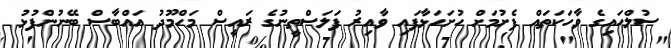
ސުލްހައިގެ ވާހަކަތައް ފެށުމަށް ހުށަހަޅާފައި ވާއިރު ފަލަސްތީނުގެ ރައީސް މަހްމޫދު އައްބާސް ބޭނުންފުޅު